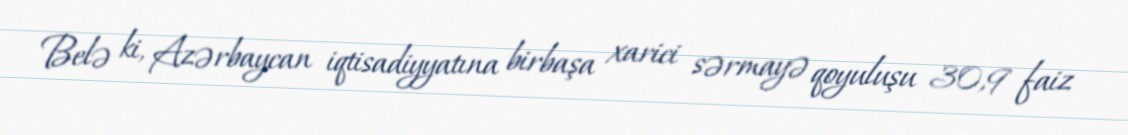
Belə ki, Azərbaycan iqtisadiyyatına birbaşa xarici sərmayə qoyuluşu 30,9 faiz